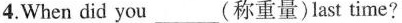
4.When did you___ (称重量)last time?